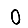
Digit: 0